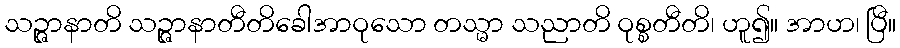
သဉ္ဇာနာတိ သဉ္ဇာနာတီတိခေါအာဝုသော တသ္မာ သညာတိ ဝုစ္စတီတိ၊ ဟူ၍။ အာဟ၊ ပြီ။